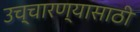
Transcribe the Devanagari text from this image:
उच्चारण्यासाठी